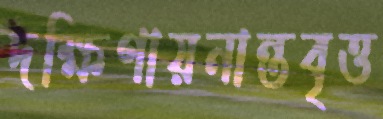
দক্ষিণায়নান্তবৃত্ত